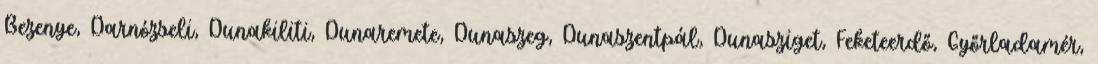
Bezenye, Darnózseli, Dunakiliti, Dunaremete, Dunaszeg, Dunaszentpál, Dunasziget, Feketeerdő, Győrladamér,